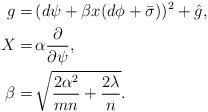
LaTeX: \begin{align*}g =&\, (d\psi + \beta x (d\phi + \bar\sigma))^2 + \hat{g},\\X =&\, \alpha \frac{\partial}{\partial \psi},\\\beta =&\, \sqrt{\frac{2 \alpha^2}{m n} + \frac{2\lambda}{n}}.\end{align*}